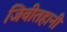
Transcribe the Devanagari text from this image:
जिवीतहानी